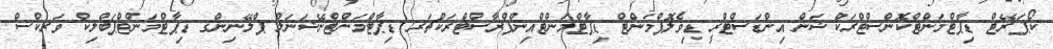
ކޯޕަރޭޓް ޑިޕާޓްމަންޓްކޮންސްޓްރަކްޝަން އިންޑަސްޓްރީ ޑިވެލޮޕްމަންޓް ޑިޕާޓްމަންޓްއިންފްރާސްޓްރަކްޗަރ ޑިޕާޓްމަންޓްނޭޝަނަލް ޕްލޭނިންގ ޑިޕާޓްމަންޓްޕަބްލިކް ވަރކްސް